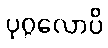
ပုဂ္ဂလောပိ